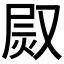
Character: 𤈫